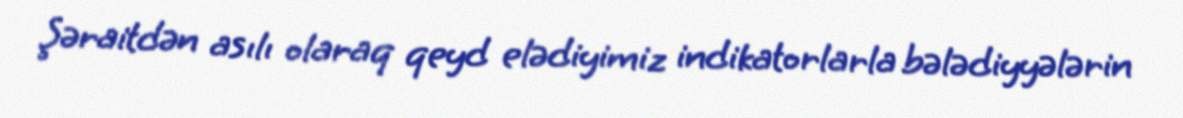
Şəraitdən asılı olaraq qeyd elədiyimiz indikatorlarla bələdiyyələrin